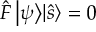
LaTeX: { \hat { F } } \, { \left| \psi \right\rangle } { \left| { \hat { s } } \right\rangle } = 0